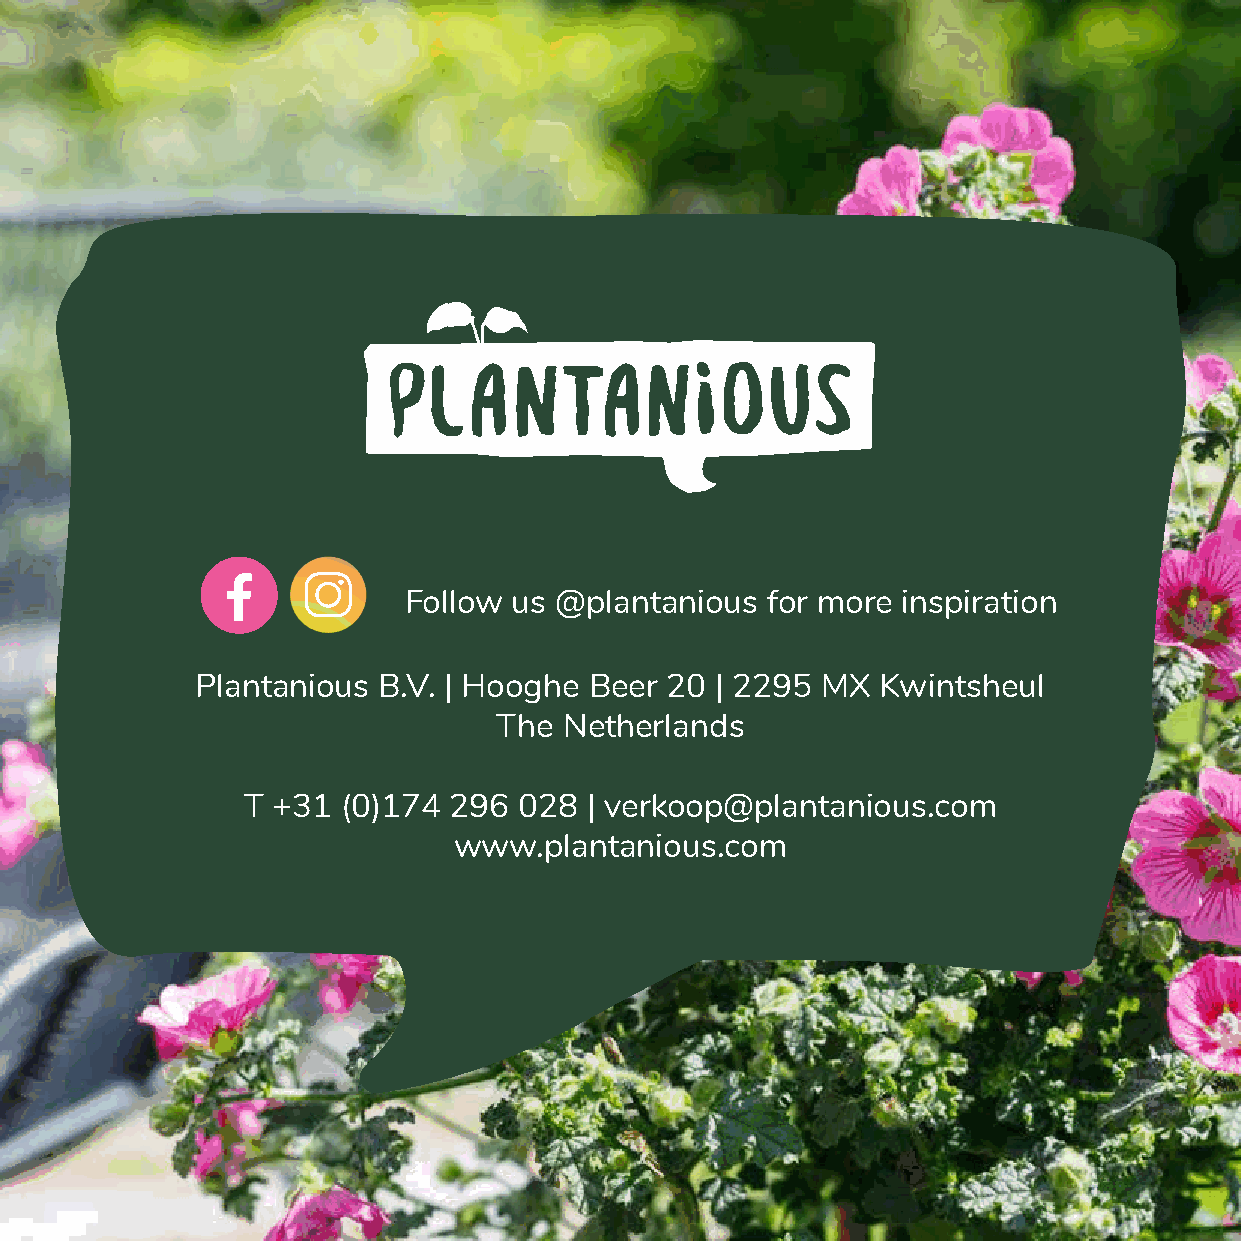
Follow us @plantanious  for more inspiration
 Plantanious B.V. | Hooghe Beer 20 | 2295 MX  Kwintsheul
 The Netherlands
 T +31  (0)174 296 028  | verkoop@plantanious.com
 www.plantanious.com